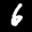
Label: 6